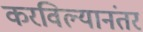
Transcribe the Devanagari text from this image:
करविल्यानंतर